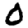
Digit: 0